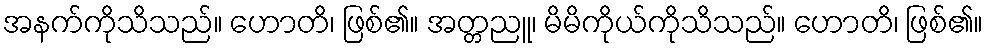
အနက်ကိုသိသည်။ ဟောတိ၊ ဖြစ်၏။ အတ္တညူ၊ မိမိကိုယ်ကိုသိသည်။ ဟောတိ၊ ဖြစ်၏။